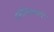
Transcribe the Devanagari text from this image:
पसंतीक्रमाची